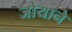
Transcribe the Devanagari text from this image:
जोयाने